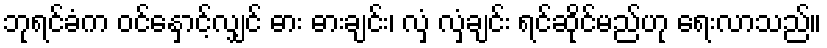
ဘုရင်ခံက ဝင်နှောင့်လျှင် ဓား ဓားချင်း၊ လှံ လှံချင်း ရင်ဆိုင်မည်ဟု ရေးလာသည်။